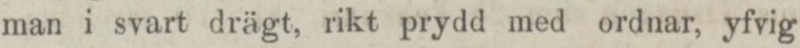
man i svart drägt, rikt prydd med ordnar, yfvig